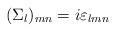
LaTeX: \begin{align*}( \Sigma_l)_{mn} = i \varepsilon_{lmn}\end{align*}